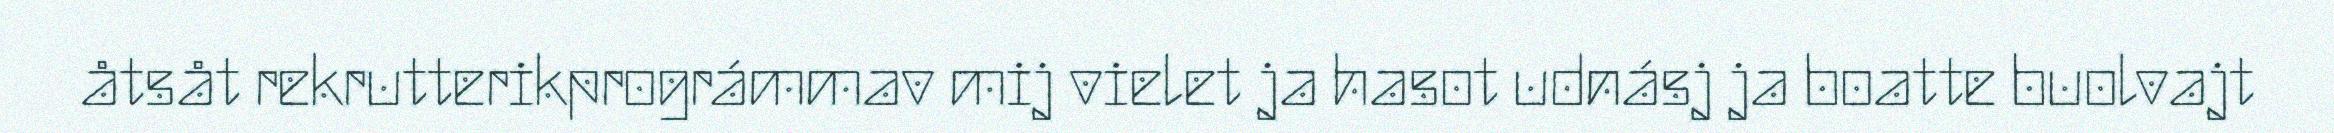
åtsåt rekrutterikprográmmav mij vielet ja hasot udnásj ja boatte buolvajt